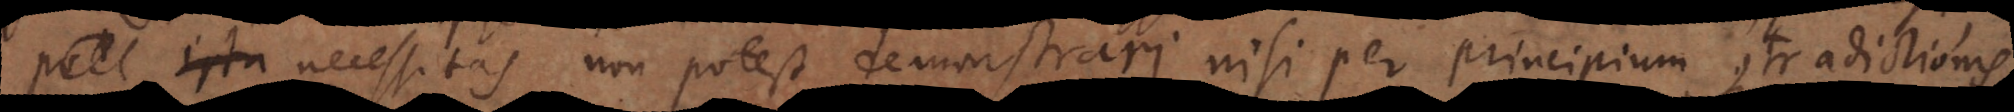
, nam necessitas non potest demonstrari nisi per principium contradictionis